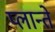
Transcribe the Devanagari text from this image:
प्लान्ते